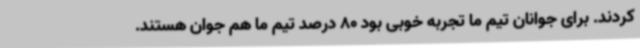
کردند. برای جوانان تیم ما تجربه خوبی بود 80 درصد تیم ما هم جوان هستند.